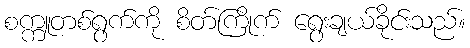
စက္ကူတစ်ရွက်ကို စိတ်ကြိုက် ရွေးချယ်ခိုင်းသည်။